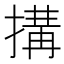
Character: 搆